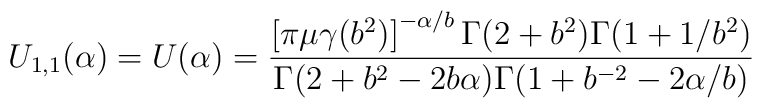
U_{1,1}(\alpha)=U(\alpha)=\frac{\left[  \pi\mu\gamma(b^{2})\right]^{-\alpha/b}\Gamma(2+b^{2})\Gamma(1+1/b^{2})}{\Gamma(2+b^{2}-2b\alpha)\Gamma(1+b^{-2}-2\alpha/b)}